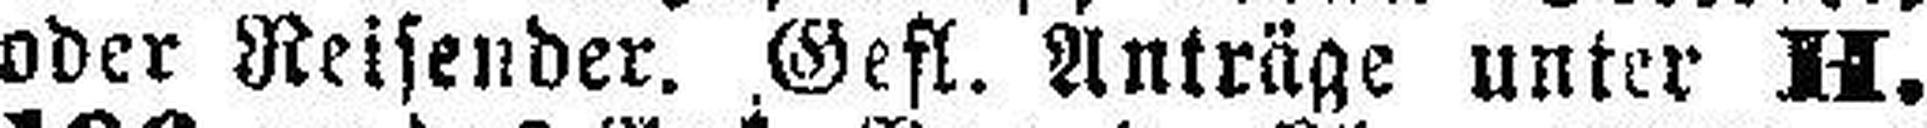
oder Reisender. Gefl. Anträge unter H.